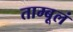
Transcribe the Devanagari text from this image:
ताम्बूलं